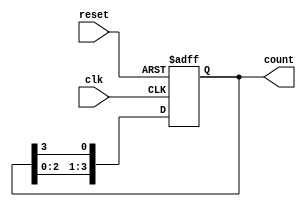
module ring_counter #(
    parameter N = 4  // Number of flip-flops (states)
)(
    input wire clk,   // Clock input
    input wire reset, // Asynchronous reset
    output reg [N-1:0] count // Output state
);

// Initial state
initial begin
    count = 1'b1; // Start with the first flip-flop set to '1'
end

// Sequential logic for the ring counter
always @(posedge clk or posedge reset) begin
    if (reset) begin
        count <= 1'b1; // Reset to initial state
    end else begin
        count <= {count[N-2:0], count[N-1]}; // Shift left and wrap around
    end
end

endmodule